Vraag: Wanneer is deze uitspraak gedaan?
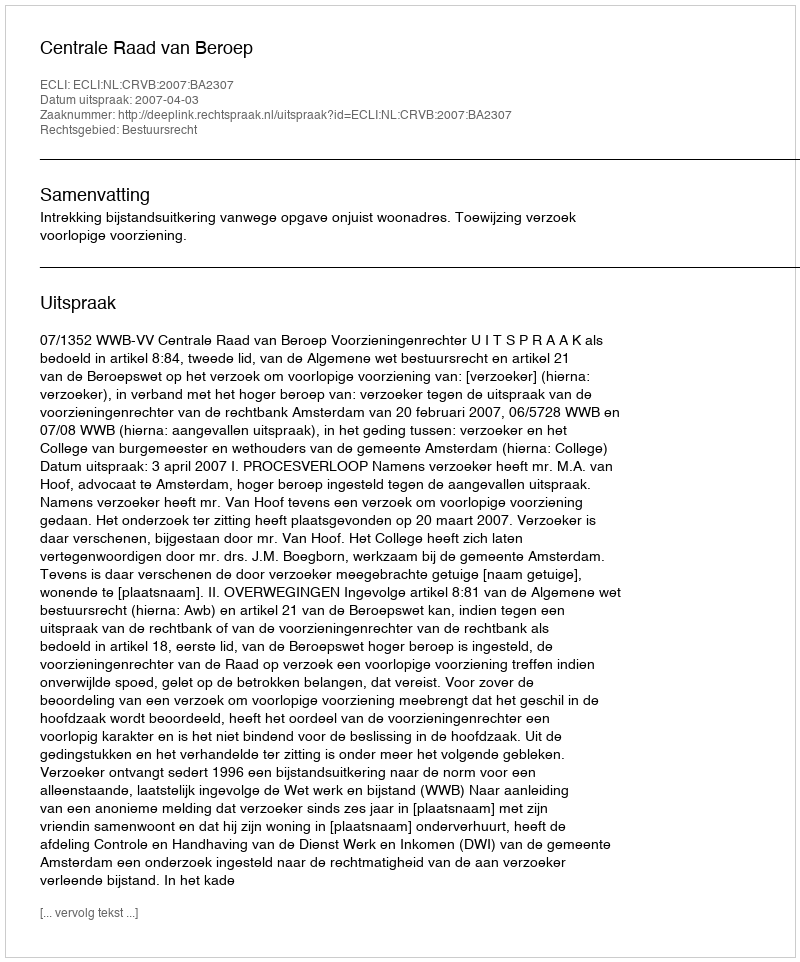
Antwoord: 2007-04-03